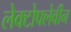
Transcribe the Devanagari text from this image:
लेक्टोफ्लेवीन